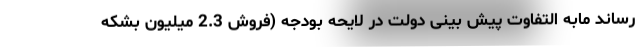
رساند مابه التفاوت پیش بینی دولت در لایحه بودجه (فروش 2.3 میلیون بشکه